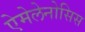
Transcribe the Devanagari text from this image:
ऐमेलेनोसिस